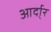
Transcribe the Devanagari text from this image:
आर्दा्र